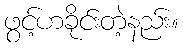
ဖွင့်ဟခိုင်းတဲ့နည်း။